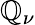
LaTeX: \mathbb{Q}_{\nu}